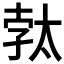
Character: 𭑓